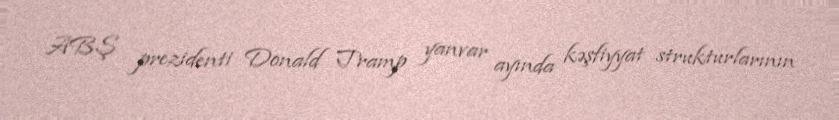
ABŞ prezidenti Donald Tramp yanvar ayında kəşfiyyat strukturlarının